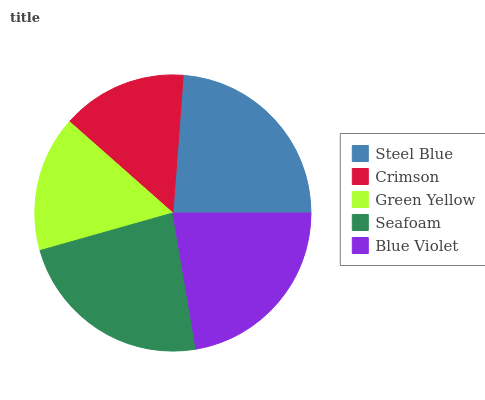
| Steel Blue | Crimson | Green Yellow | Seafoam | Blue Violet |
 | --- | --- | --- | --- | --- |
 | 23.9% | 14.7% | 15.9% | 23.2% | 22.3% |